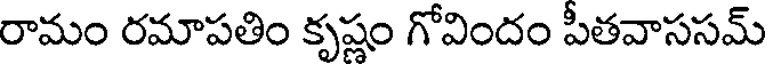
రామం రమాపతిం కృష్ణం గోవిందం పీతవాససమ్